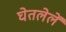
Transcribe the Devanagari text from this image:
घेतलेलें